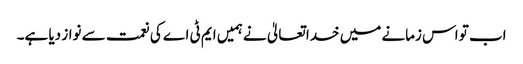
اب تو اس زمانے میں خدا تعالیٰ نے ہمیں ایم ٹی اے کی نعمت سے نواز دیا ہے۔